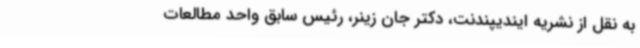
به نقل از نشریه ایندیپندنت، دکتر جان زینر، رئیس سابق واحد مطالعات